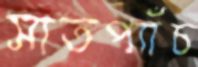
সাতপ্যাঁচ